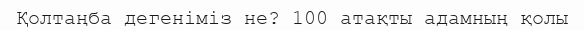
Қолтаңба дегеніміз не? 100 атақты адамның қолы